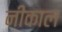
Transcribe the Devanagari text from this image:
नीकाल